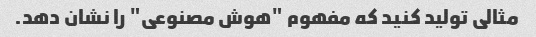
مثالی تولید کنید که مفهوم "هوش مصنوعی" را نشان دهد.